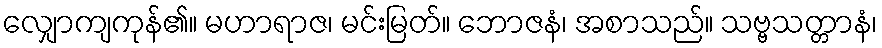
လျှောကျကုန်၏။ မဟာရာဇ၊ မင်းမြတ်။ ဘောဇနံ၊ အစာသည်။ သဗ္ဗသတ္တာနံ၊